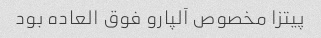
پیتزا مخصوص آلپارو فوق العاده بود